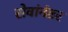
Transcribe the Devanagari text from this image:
सेवांनंतर